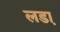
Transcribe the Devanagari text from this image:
लडा़